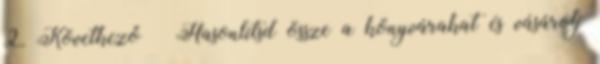
2. Következő › Hasonlítsd össze a könyvárakat és vásárolj